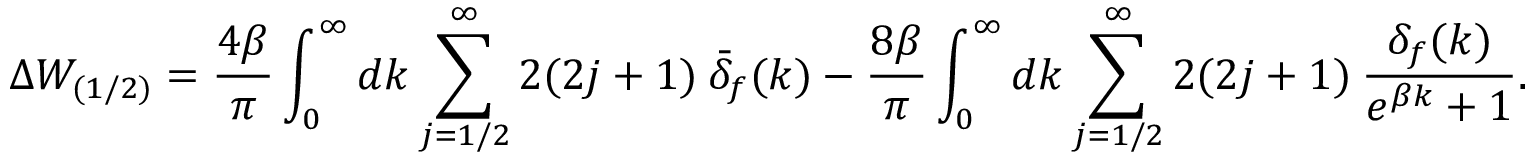
\Delta W _ { ( 1 / 2 ) } = \frac { 4 \beta } { \pi } \int _ { 0 } ^ { \infty } d k \sum _ { j = 1 / 2 } ^ { \infty } 2 ( 2 j + 1 ) \: \bar { \delta } _ { f } ( k ) - \frac { 8 \beta } { \pi } \int _ { 0 } ^ { \infty } d k \sum _ { j = 1 / 2 } ^ { \infty } 2 ( 2 j + 1 ) \: \frac { \delta _ { f } ( k ) } { e ^ { \beta k } + 1 } .